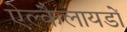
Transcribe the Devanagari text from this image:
ऐल्कैलायडों